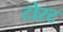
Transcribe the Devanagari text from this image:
टोरट